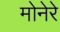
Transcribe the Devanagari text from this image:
मोनेरे